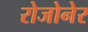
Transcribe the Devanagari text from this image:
रोजोनेर